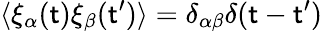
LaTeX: \langle\xi_{\alpha}(\mathsf{t})\xi_{\beta}(\mathsf{t}^{\prime})\rangle=\delta_{\alpha\beta}\delta(\mathsf{t}-\mathsf{t}^{\prime})